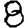
Digit: 8